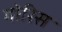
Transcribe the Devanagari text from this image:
गोरिस